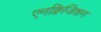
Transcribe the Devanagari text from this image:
एनक्विजिशन